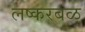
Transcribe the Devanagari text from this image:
लष्करबळ